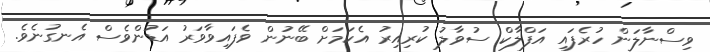
ވިސްނާލަން ހުރެފައި އަފްލާކް ސުވާލު ކުރިއިރު އެކަމަށް ބޭނުން ވެފައިވާވަރު އަޑުންވެސް އެނގުނެވެ.